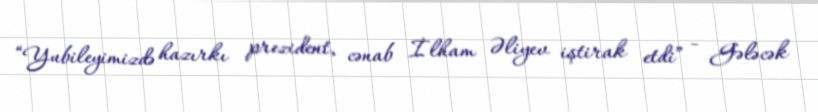
“Yubileyimizdə hazırkı prezident, cənab İlham Əliyev iştirak etdi” - Gələcək